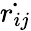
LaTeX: \dot{\textit{r}_{ij}}